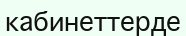
кабинеттерде